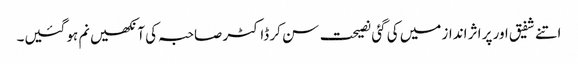
اتنے شفیق اور پر اثر انداز میں کی گئی نصیحت سن کر ڈاکٹر صاحبہ کی آنکھیں نم ہو گئیں۔